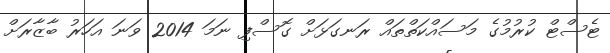
ޓެސްޓް ކުރުމުގެ މަސައްކަތްތައް ރަނގަޅަށް ގޮސްފި ނަމަ 2014 ވަނަ އަހަރު ބާޒާރަށް